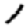
Digit: 1